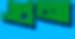
গুনা